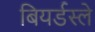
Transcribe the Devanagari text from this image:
बियर्डस्ले